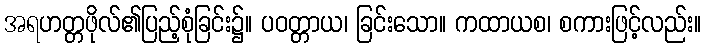
အရဟတ္တဖိုလ်၏ပြည့်စုံခြင်း၌။ ပဝတ္တာယ၊ ခြင်းသော။ ကထာယစ၊ စကားဖြင့်လည်း။